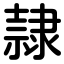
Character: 隷